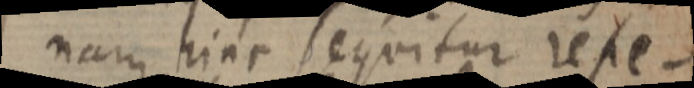
nam hinc sequitur rese–